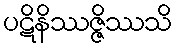
ပဋိနိဿဇ္ဇိဿသိ